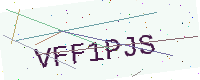
Text: VFF1PJS